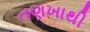
તણખાથી